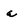
Character: a